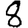
Digit: 8